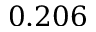
0 . 2 0 6